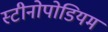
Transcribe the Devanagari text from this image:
स्टीनोपोडियम